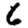
Digit: 6